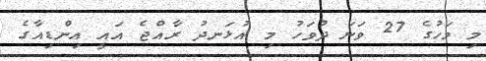
މި މަހުގެ 27 ވަނަ ދުވަހު މި އުޅަނދު ރާއްޖެ އައީ އިންޑިއާގެ